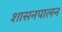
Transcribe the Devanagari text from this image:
शासनपालन